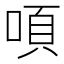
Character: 㖽